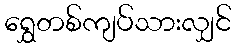
ရွှေတစ်ကျပ်သားလျှင်